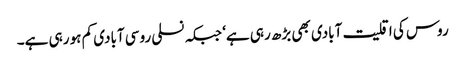
روس کی اقلیت آبادی بھی بڑھ رہی ہے‘ جبکہ نسلی روسی آبادی کم ہو رہی ہے۔